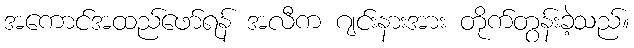
အကောင်အထည်ဖော်ရန် အလီက ဂျင်းနားအား တိုက်တွန်းခဲ့သည်။